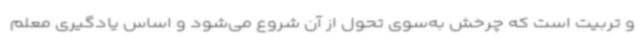
و تربیت است که چرخش به‌سوی تحول از آن شروع می‌شود و اساس یادگیری معلم